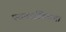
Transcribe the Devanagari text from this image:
एसफाईक्सिया